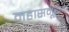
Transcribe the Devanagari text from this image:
महासमूहाचा